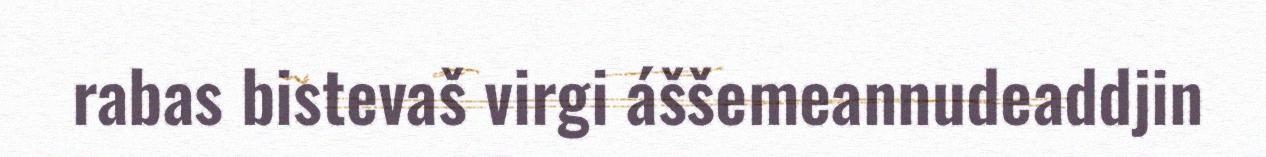
rabas bistevaš virgi áššemeannudeaddjin